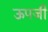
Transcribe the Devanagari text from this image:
ऊपजी